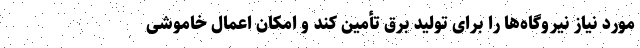
مورد نیاز نیروگاه‌ها را برای تولید برق تأمین کند و امکان اعمال خاموشی